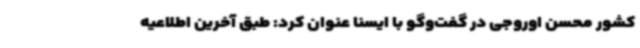
کشور محسن اوروجی در گفت‌وگو با ایسنا عنوان کرد: طبق آخرین اطلاعیه